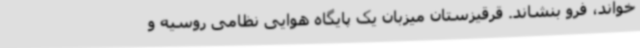
خواند، فرو بنشاند. قرقیزستان میزبان یک پایگاه هوایی نظامی روسیه و